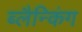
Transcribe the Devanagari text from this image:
ब्लैन्किंग